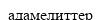
адамелиттер